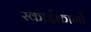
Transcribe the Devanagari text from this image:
स्काईकार्गो